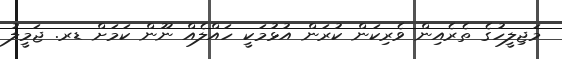
މަޖިލީހުގެ ތެރެއިން ވެރިކަން ކުރަން އުޅުމަކީ ހައްލެއް ނޫން ކަމަށް ޑރ. ޖަމީލު